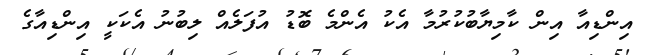
އިންޑިއާ އިން ކާމިޔާބުކުރުމާ އެކު އެންމެ ބޮޑު އުފަލެއް ލިބުނު އެކަކީ އިންޑިއާގެ